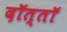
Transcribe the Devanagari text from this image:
दॉत्तॉ